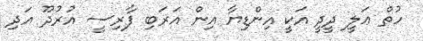
ހުތް ޢަލީ ދީދީ އަކީ އިންޑިޔާ އިން އަރަބި ފާރިސީ އުރުދޫ އަދި